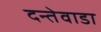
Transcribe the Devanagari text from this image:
दन्तेवाडा